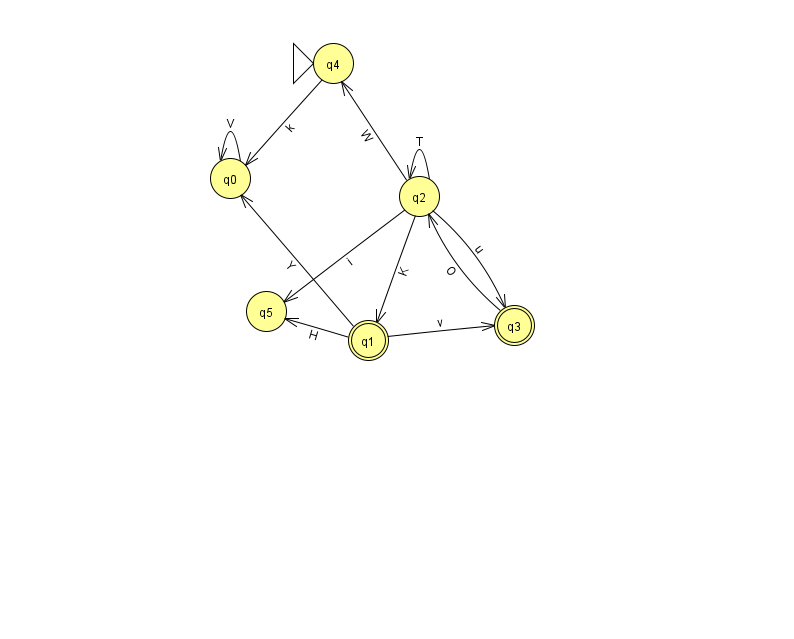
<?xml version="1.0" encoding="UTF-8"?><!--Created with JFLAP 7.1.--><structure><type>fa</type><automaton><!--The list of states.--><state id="0" name="q0"><x>230.0</x><y>165.0</y></state><state id="1" name="q1"><x>368.0</x><y>327.0</y><final/></state><state id="2" name="q2"><x>419.0</x><y>183.0</y></state><state id="3" name="q3"><x>514.0</x><y>312.0</y><final/></state><state id="4" name="q4"><x>333.0</x><y>50.0</y><initial/></state><state id="5" name="q5"><x>266.0</x><y>298.0</y></state><!--The list of transitions.--><transition><from>3</from><to>2</to><read>O</read></transition><transition><from>2</from><to>2</to><read>T</read></transition><transition><from>2</from><to>5</to><read>i</read></transition><transition><from>0</from><to>0</to><read>V</read></transition><transition><from>2</from><to>1</to><read>K</read></transition><transition><from>1</from><to>3</to><read>v</read></transition><transition><from>1</from><to>5</to><read>H</read></transition><transition><from>2</from><to>3</to><read>u</read></transition><transition><from>4</from><to>0</to><read>k</read></transition><transition><from>1</from><to>0</to><read>Y</read></transition><transition><from>2</from><to>4</to><read>W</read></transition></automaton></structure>